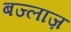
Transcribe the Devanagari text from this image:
बज्लाज़